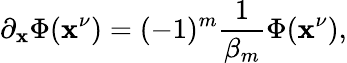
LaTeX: \partial_{\mathbf{x}}\Phi(\mathbf{x}^{\nu})=(-1)^{m}\frac{{1}}{{\beta_{m}}}\Phi(\mathbf{x}^{\nu}),